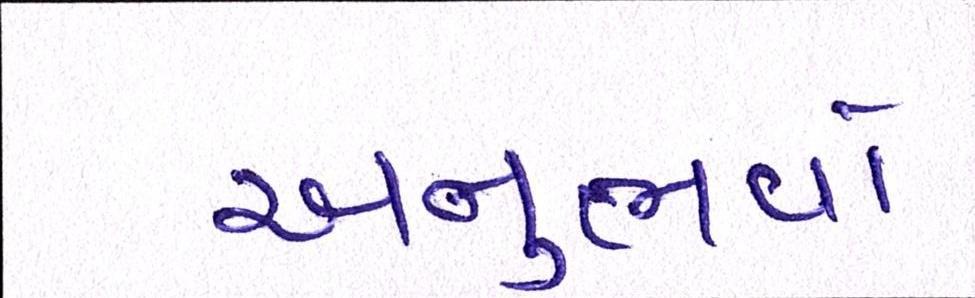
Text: અનુભવો